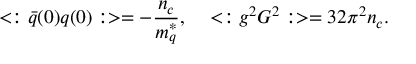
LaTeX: < : \bar { q } ( 0 ) q ( 0 ) : > = - \frac { n _ { c } } { m _ { q } ^ { * } } , \, \ \ \ < : g ^ { 2 } G ^ { 2 } : > = 3 2 \pi ^ { 2 } n _ { c } .